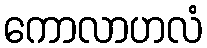
ကောလာဟလံ